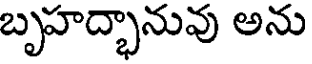
బృహద్భానువు అను